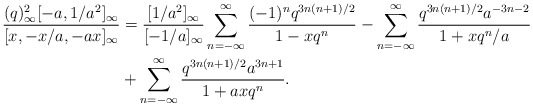
\begin{align*} \frac{(q)_\infty^2[-a, 1/a^2]_\infty}{[x, -x/a, -ax]_\infty} &= \frac{[1/a^2]_\infty}{[-1/a]_\infty} \sum_{n=-\infty}^{\infty}\frac{(-1)^{n}q^{3n(n+1)/2}}{1-xq^n} -\sum_{n=-\infty}^{\infty}\frac{q^{3n(n+1)/2}a^{-3n-2}}{1+xq^n/a} \\& +\sum_{n=-\infty}^{\infty}\frac{q^{3n(n+1)/2}a^{3n+1}}{1+axq^n}.\end{align*}